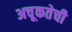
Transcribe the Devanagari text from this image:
अचूकतेची